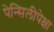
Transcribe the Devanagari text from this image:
पेन्सिलीपेक्षा